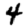
Digit: 4